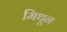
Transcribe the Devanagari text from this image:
मिथून